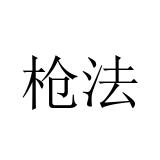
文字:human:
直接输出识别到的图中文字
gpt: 枪法